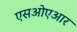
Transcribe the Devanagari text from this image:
एसओएआर